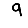
Digit: 9